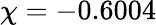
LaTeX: \chi=-0.6004